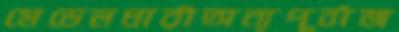
মেডেলধারীঅন্যপূর্বাজ